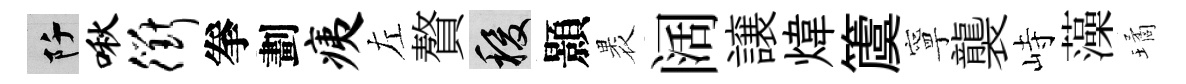
阡啾衢拳劃痍左贅稷顥褁阔譲煒𥵂寧襲峙藻璚